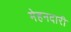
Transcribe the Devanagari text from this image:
मेहनदारी